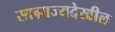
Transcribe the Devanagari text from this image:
साम्राज्यदेखील